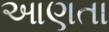
આણતા